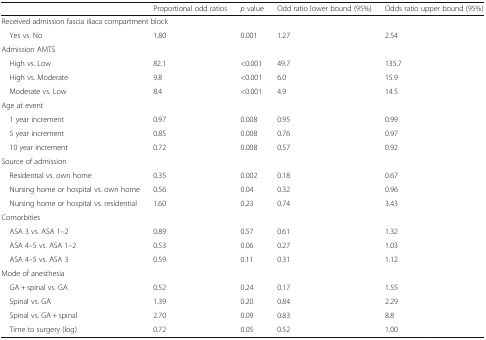
<table><thead><tr><td></td><td><b>Proportional odd ratios</b></td><td><b><i>p</i> value</b></td><td><b>Odd ratio lower bound (95%)</b></td><td><b>Odds ratio upper bound (95%)</b></td></tr></thead><tbody><tr><td colspan="5">Received admission fascia iliaca compartment block</td></tr><tr><td> Yes vs. No</td><td>1.80</td><td>0.001</td><td>1.27</td><td>2.54</td></tr><tr><td colspan="5">Admission AMTS</td></tr><tr><td> High vs. Low</td><td>82.1</td><td>&lt;0.001</td><td>49.7</td><td>135.7</td></tr><tr><td> High vs. Moderate</td><td>9.8</td><td>&lt;0.001</td><td>6.0</td><td>15.9</td></tr><tr><td> Moderate vs. Low</td><td>8.4</td><td>&lt;0.001</td><td>4.9</td><td>14.5</td></tr><tr><td colspan="5">Age at event</td></tr><tr><td> 1 year increment</td><td>0.97</td><td>0.008</td><td>0.95</td><td>0.99</td></tr><tr><td> 5 year increment</td><td>0.85</td><td>0.008</td><td>0.76</td><td>0.97</td></tr><tr><td> 10 year increment</td><td>0.72</td><td>0.008</td><td>0.57</td><td>0.92</td></tr><tr><td colspan="5">Source of admission</td></tr><tr><td> Residential vs. own home</td><td>0.35</td><td>0.002</td><td>0.18</td><td>0.67</td></tr><tr><td> Nursing home or hospital vs. own home</td><td>0.56</td><td>0.04</td><td>0.32</td><td>0.96</td></tr><tr><td> Nursing home or hospital vs. residential</td><td>1.60</td><td>0.23</td><td>0.74</td><td>3.43</td></tr><tr><td colspan="5">Comorbities</td></tr><tr><td> ASA 3 vs. ASA 1–2</td><td>0.89</td><td>0.57</td><td>0.61</td><td>1.32</td></tr><tr><td> ASA 4–5 vs. ASA 1–2</td><td>0.53</td><td>0.06</td><td>0.27</td><td>1.03</td></tr><tr><td> ASA 4–5 vs. ASA 3</td><td>0.59</td><td>0.11</td><td>0.31</td><td>1.12</td></tr><tr><td colspan="5">Mode of anesthesia</td></tr><tr><td> GA + spinal vs. GA</td><td>0.52</td><td>0.24</td><td>0.17</td><td>1.55</td></tr><tr><td> Spinal vs. GA</td><td>1.39</td><td>0.20</td><td>0.84</td><td>2.29</td></tr><tr><td> Spinal vs. GA + spinal</td><td>2.70</td><td>0.09</td><td>0.83</td><td>8.8</td></tr><tr><td> Time to surgery (log)</td><td>0.72</td><td>0.05</td><td>0.52</td><td>1.00</td></tr></tbody></table>